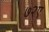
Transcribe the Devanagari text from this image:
७२ए